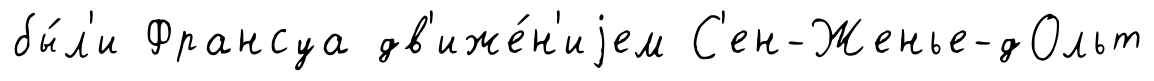
бы́л'и Франсуа дв'иже́н'иjем С'ен-Женье-дОльт